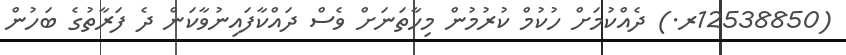
(12538850ރ.) ދެއްކުމަށް ހުކުމް ކުރުމުން މިހާތަނަށް ވެސް ދައްކާފައިނުވާކަން ދެ ފަރާތުގެ ބަހުން